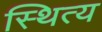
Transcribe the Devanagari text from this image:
स्थित्य